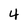
Character: 4